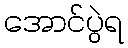
အောင်ပွဲရ